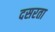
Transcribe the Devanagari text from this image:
दसरता